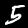
Digit: 5